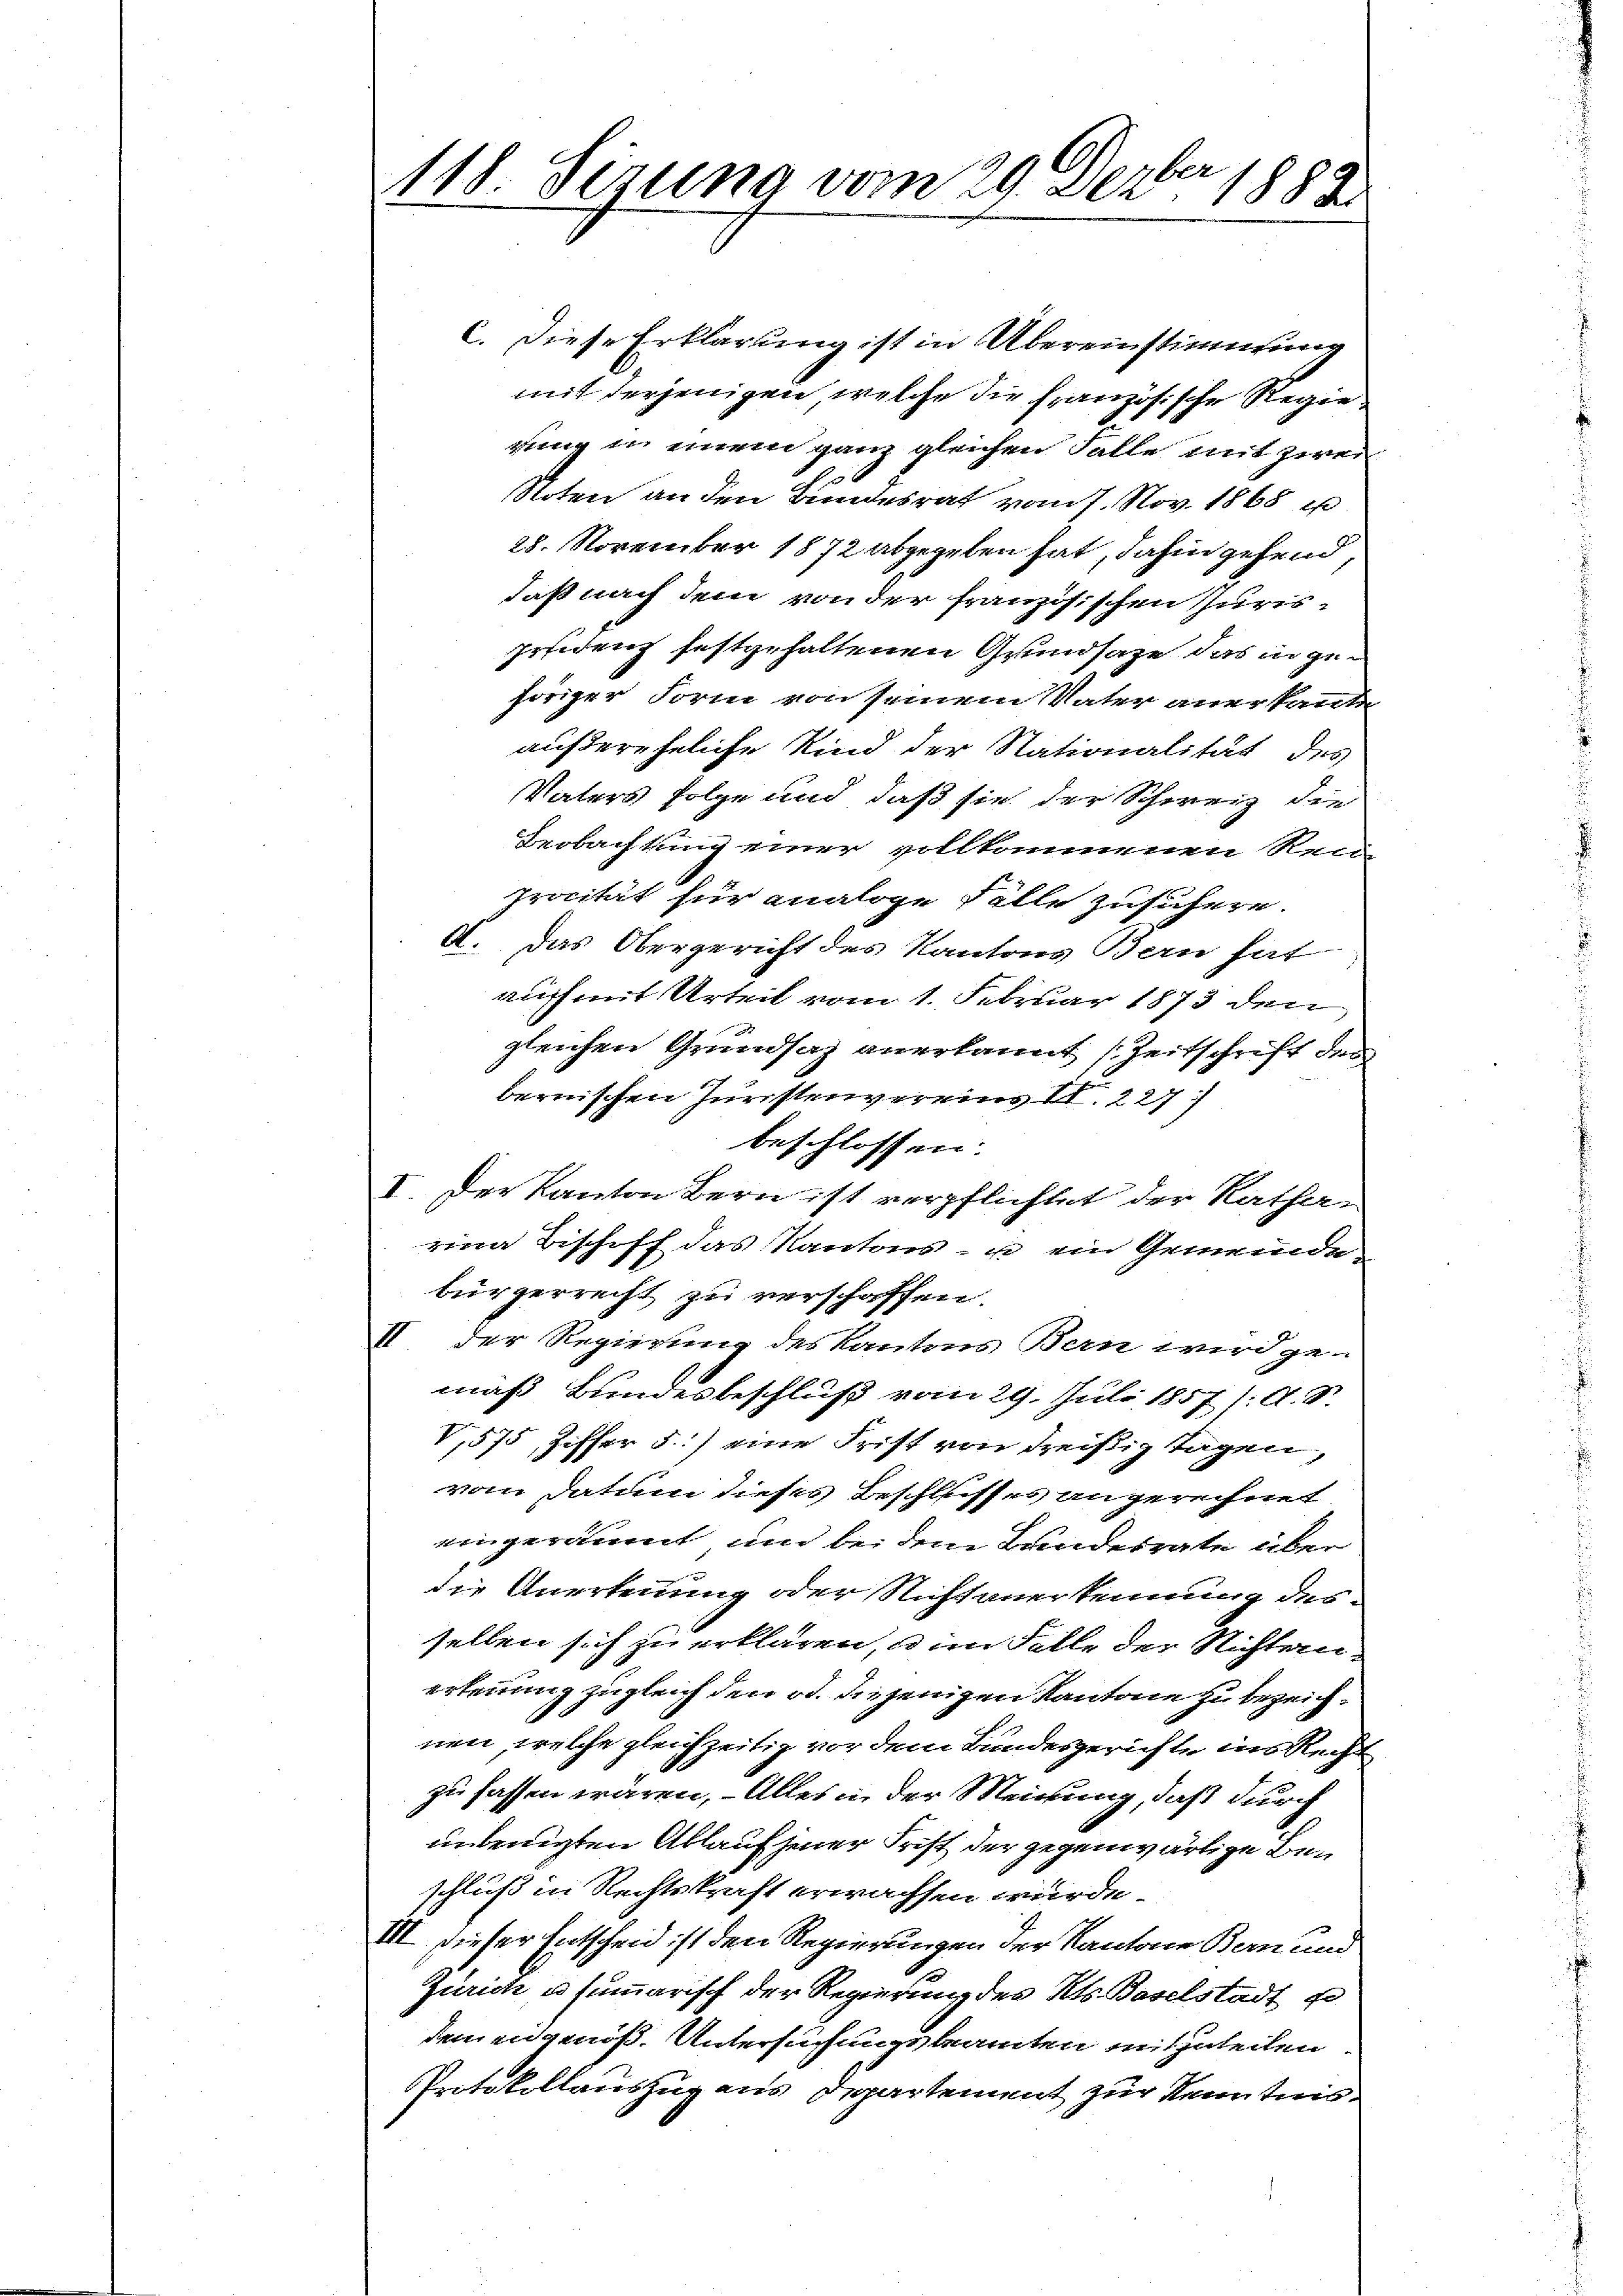
1
b
118. Sizung vom 29. Dez. 1883.

C. Diese Erklärung ist in Übereinstimmung
mit derjenigen, welche die französische Regiegung in einem ganz gleichen Falle mit zwei
Noten an den Bundesrat vom 7. Nov. 1868 is
28. November 1872 abgegeben hat, dahin gehend
daß nach dem von der französischen Juris-
fridenz festgehaltenen Grundsage das in ge-
höriger Form von seinem Vater anerkannten
außereheliche Kind der Stationalität des
Vaters folge und daß sie der Schweiz die
Beobachtung einer vollkommenen Ren
procität für analoge Fälle zufühere.
A.
das Obergericht des Kantons Bern hat
ne
auff mit Urteil vom 1. Februar 1873 den
gleichen Grundsaz anerkannt (Zeitschrift der
bernischen Juristenvereins II. 227.
beschlossen:
2
der Kanton Bern ist verpflichtet der Ratha-
eine Bischiff das Kantons - u ein Gemeinde-
bürgerrecht zu verschaffen.
t
der Regierung des Kantons Bern wird ge-
mäß Bundesbeschluß vom 29. Juli 1857): A. S.
V,575, Ziffer 5.) eine Frist von dreißig Tagen,
vom Datum dieses Beschlusses angerechnet
eingeräumt und bei dem Bundesrate über
die Anerkennung oder Nichtanerkennung des
sellen sich zu erklären, u im Felle der Nichten.
erkennung zugleich den od. diejenigen Kantone zu bezeich-
nen, welche gleichzeitig vor dem Bundesgerichte ins Recht
zu fassen wären. – Alles in der Meinung, daß durch
undenigten Ablauf jener Frist der gegenwärtige Ben
schluß in Rechtskraft erwachsen würde.
A
dieser Entscheid ist den Regierungen der Kantone Bern und
Zürich u. summarisch der Regierung des Kts. Baselstadt so
demen genöß. Untersuchungsbeamten mitzuteilen
Protokollauszug aus Departement zur Kenntnis.